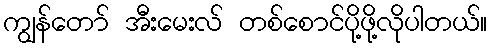
ကျွန်တော် အီးမေးလ် တစ်စောင်ပို့ဖို့လိုပါတယ်။